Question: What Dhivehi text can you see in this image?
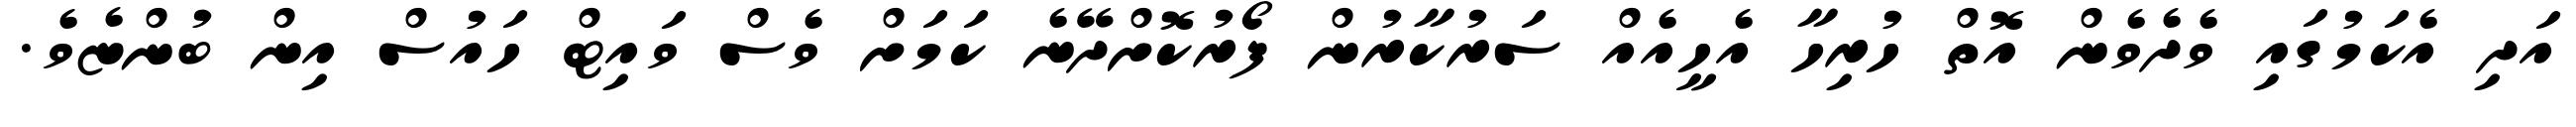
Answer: އަދި އެކަމުގައި ވެދެވެން އޮތް ހުރިހާ އެހީއެއް ސަރުކާރުން ފޯރުކޮށްދޭނެ ކަމަށް ވެސް ވައިޓް ހައުސް އިން ބުންޏެވެ.